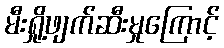
မီးရှို့ဖျက်ဆီးမှုကြောင့်